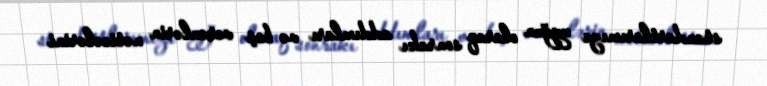
standartlarımıza uyğun olaraq sonrakı addımları və baş verənlərin nəticələrini